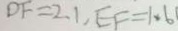
D F = 2 . 1 , E F = 1 . 6